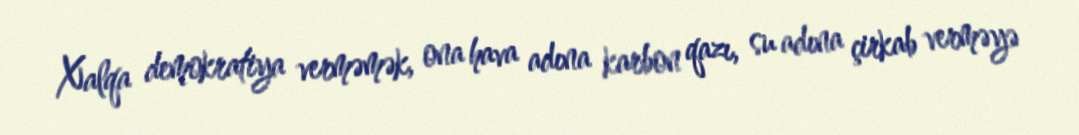
Xalqa demokratiya verməmək, ona hava adına karbon qazı, su adına çirkab verməyə